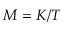
M = K / T